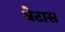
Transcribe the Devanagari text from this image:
बेटास